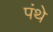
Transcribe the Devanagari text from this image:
पंथे